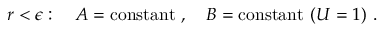
r < \epsilon : ~ ~ ~ A = \mathrm { c o n s t a n t } ~ , ~ ~ ~ B = \mathrm { c o n s t a n t } ~ ( U = 1 ) ~ .